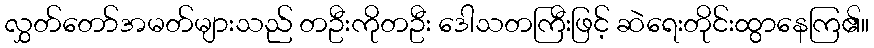
လွှတ်တော်အမတ်များသည် တဦးကိုတဦး ဒေါသတကြီးဖြင့် ဆဲရေးတိုင်းထွာနေကြ၏။